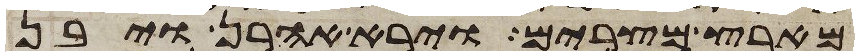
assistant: מארץ מצרים וירא אהרן ויבן